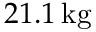
2 1 . 1 \, \mathrm { k g }